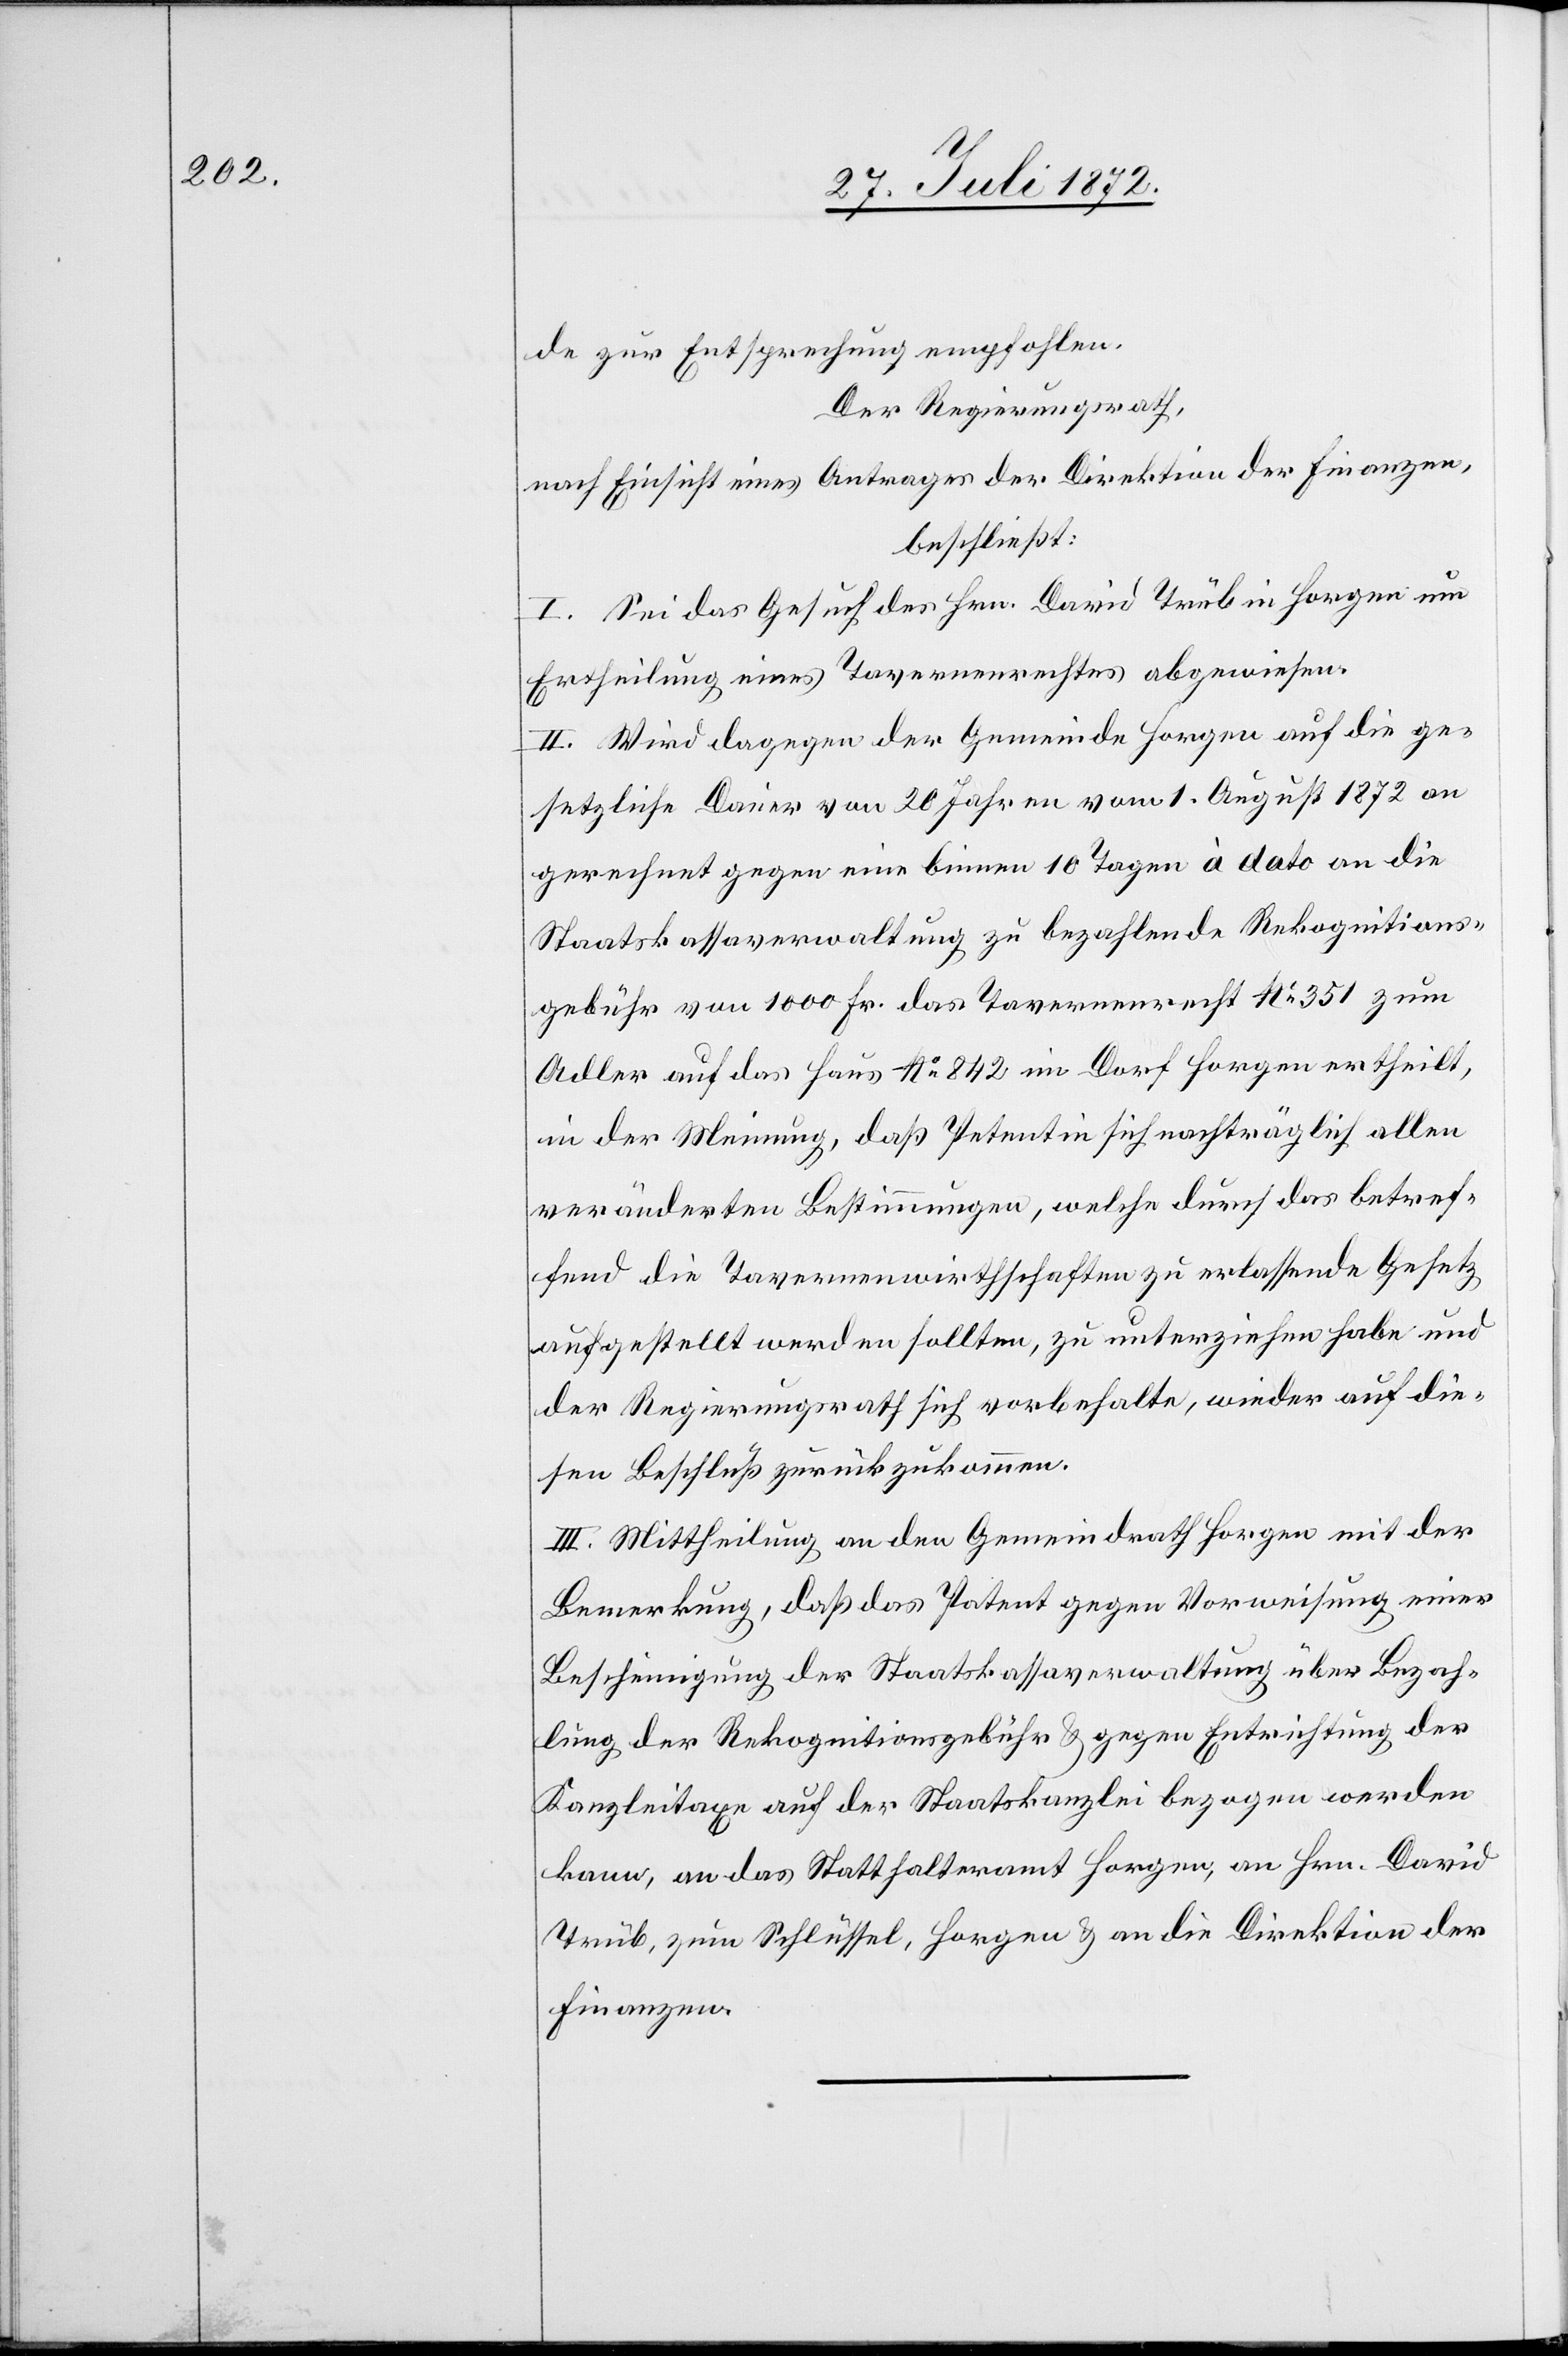
de zur Entsprechung empfohlen.
Der Regierungsrath,
nach Einsicht eines Antrages der Direktion der Finanzen,
beschließt:
I. Sei das Gesuch des Hrn. David Trüb in Horgen um
Ertheilung eines Tavernenrechtes abgewiesen.
II. Wird dagegen der Gemeinde Horgen auf die ge¬
setzliche Dauer von 20 Jahren vom 1. August 1872 an
gerechnet gegen eine binnen 10 Tagen à dato an die
Staatskassaverwaltung zu bezahlende Rekognitions¬
gebühr von 1000 Fr. das Tavernenrecht No 351 zum
Adler auf das Haus No 842 im Dorf Horgen ertheilt,
in der Meinung, daß Petentin sich nachträglich allen
veränderten Bestimmungen, welche durch das betref¬
fend die Tavernenwirthschaften zu erlassende Gesetz
aufgestellt werden sollten, zu unterziehen habe und
der Regierungsrath sich vorbehalte, wieder auf die¬
sen Beschluß zurückzukommen.
III. Mittheilung an den Gemeindrath Horgen mit der
Bemerkung, daß das Patent gegen Vorweisung einer
Bescheinigung der Staatskassaverwaltung über Bezah¬
lung der Rekognitionsgebühr u. gegen Entrichtung der
Kanzleitaxe auf der Staatskanzlei bezogen werden
kann, an das Statthalteramt Horgen, an Hrn. David
Trüb, zum Schlüsse, Horgen u. an die Direktion der
Finanzen.